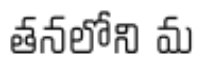
తనలోని మ